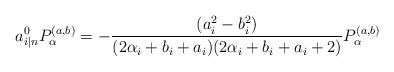
\begin{align*}{}a^{0}_{i|n}P^{(a,b)}_{\alpha}=-\frac{(a_i^2-b_i^2)}{(2\alpha_i+b_i+a_i)(2\alpha_i+b_i+a_i+2)}P^{(a,b)}_{\alpha}\end{align*}